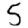
Digit: 5